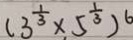
( 3 ^ { \frac { 1 } { 3 } } \times 5 ^ { \frac { 1 } { 3 } } ) ^ { 6 }